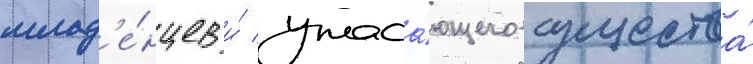
млад'е́нцев и́ ужаса́ющего существа́